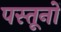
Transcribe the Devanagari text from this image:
पस्तूनों